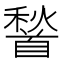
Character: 𮩦